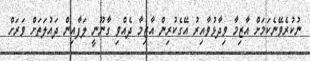
ނުކުރެވޭނެކަމަށް އާޒިމާ ވިދާޅުވާއިރު އޭގެކުރިން އާޒިމާ ދެއްވި ގާނޫނީ ލަފާއިން ދައުލަތަށް ވަރަށް